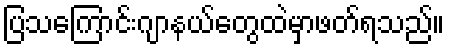
ပြသကြောင်းဂျာနယ်တွေထဲမှာဖတ်ရသည်။